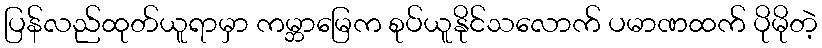
ပြန်လည်ထုတ်ယူရာမှာ ကမ္ဘာမြေက စုပ်ယူနိုင်သလောက် ပမာဏထက် ပိုမိုတဲ့